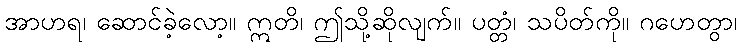
အာဟရ၊ ဆောင်ခဲ့လော့။ ဣတိ၊ ဤသို့ဆိုလျက်။ ပတ္တံ၊ သပိတ်ကို။ ဂဟေတွာ၊